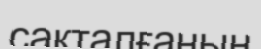
сақталғанын